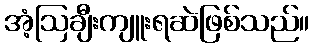
အံ့ဩချီးကျူးရဆဲဖြစ်သည်။